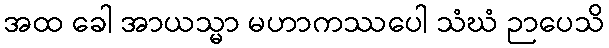
အထ ခေါ အာယသ္မာ မဟာကဿပေါ သံဃံ ဉာပေသိ